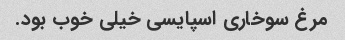
مرغ سوخاری اسپایسی خیلی خوب بود.